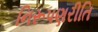
નિરૂપણરીતિ